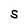
Character: S